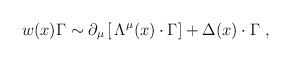
\begin{align*}w(x) \Gamma \sim\partial_\mu \left[ \,\Lambda^\mu (x) \cdot \Gamma \right] + \Delta(x)\cdot\Gamma \,\,, \end{align*}